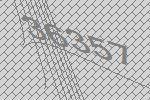
36357